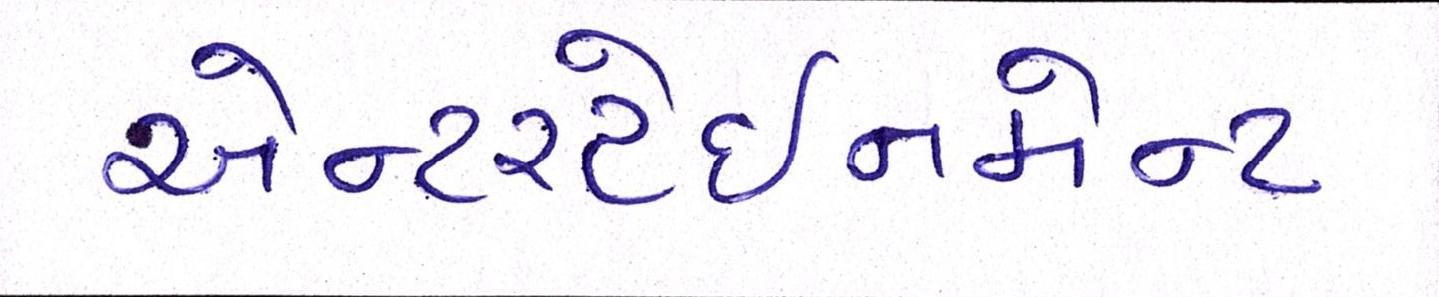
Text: એન્ટરટેઈનમેન્ટ